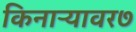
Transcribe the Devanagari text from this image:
किनाऱ्यावर७